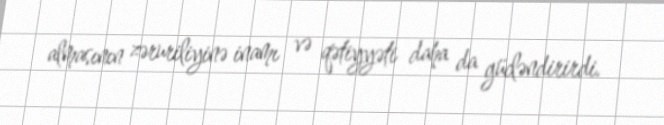
almasının zəruriliyinə inamı və qətiyyəti daha da gücləndirirdi.